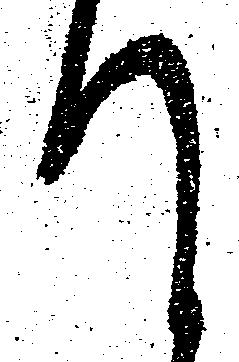
て